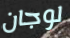
لوجان